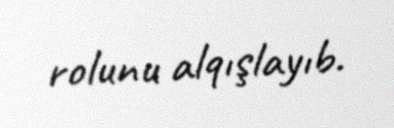
rolunu alqışlayıb.